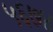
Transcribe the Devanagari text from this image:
५६७४